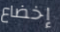
إخضاع